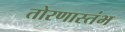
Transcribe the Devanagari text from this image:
तोरणास्तंभ